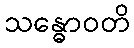
သန္ဓောဝတိ